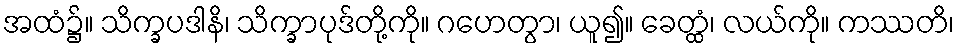
အထံ၌။ သိက္ခပဒါနိ၊ သိက္ခာပုဒ်တို့ကို။ ဂဟေတွာ၊ ယူ၍။ ခေတ္ထံ၊ လယ်ကို။ ကဿတိ၊